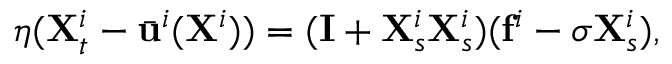
\eta ( { \mathbf { X } } _ { t } ^ { i } - \bar { \mathbf { u } } ^ { i } ( \mathbf { X } ^ { i } ) ) = ( \mathbf { I } + \mathbf { X } _ { s } ^ { i } \mathbf { X } _ { s } ^ { i } ) ( \mathbf { f } ^ { i } - \sigma \mathbf { X } _ { s } ^ { i } ) ,